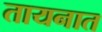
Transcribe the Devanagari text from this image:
तायनात